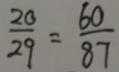
\frac { 2 0 } { 2 9 } = \frac { 6 0 } { 8 7 }